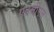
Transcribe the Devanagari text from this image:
एनसीएल